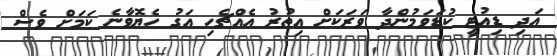
އަދި ޑިއުޓީ ކުޑަވަމުންދާ ވަރަކަށް އިތުރު އެއްޗެހި އަގު ހެޔޮވާނެ ކަމަށް ވެސް